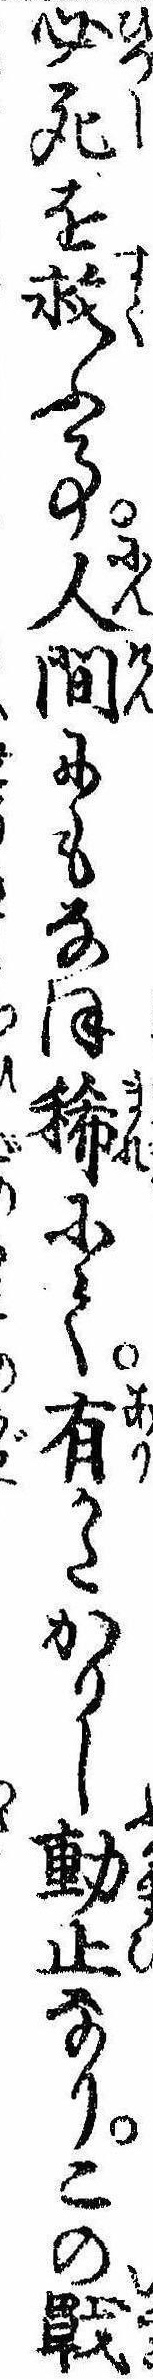
必死を救ふ事人間にもなほ稀にて有かたかりし動止なりこの戦